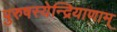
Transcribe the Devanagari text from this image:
पुरुषस्येन्द्रियाणाम्